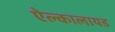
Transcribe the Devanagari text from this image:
ऐल्कालायड